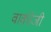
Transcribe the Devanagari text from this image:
वाकोजी